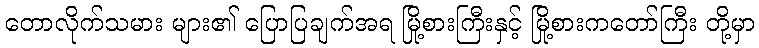
တောလိုက်သမား များ၏ ပြောပြချက်အရ မြို့စားကြီးနှင့် မြို့စားကတော်ကြီး တို့မှာ